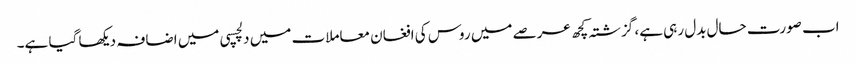
اب صورت حال بدل رہی ہے، گزشتہ کچھ عرصے میں روس کی افغان معاملات میں دلچسپی میں اضافہ دیکھا گیا ہے۔